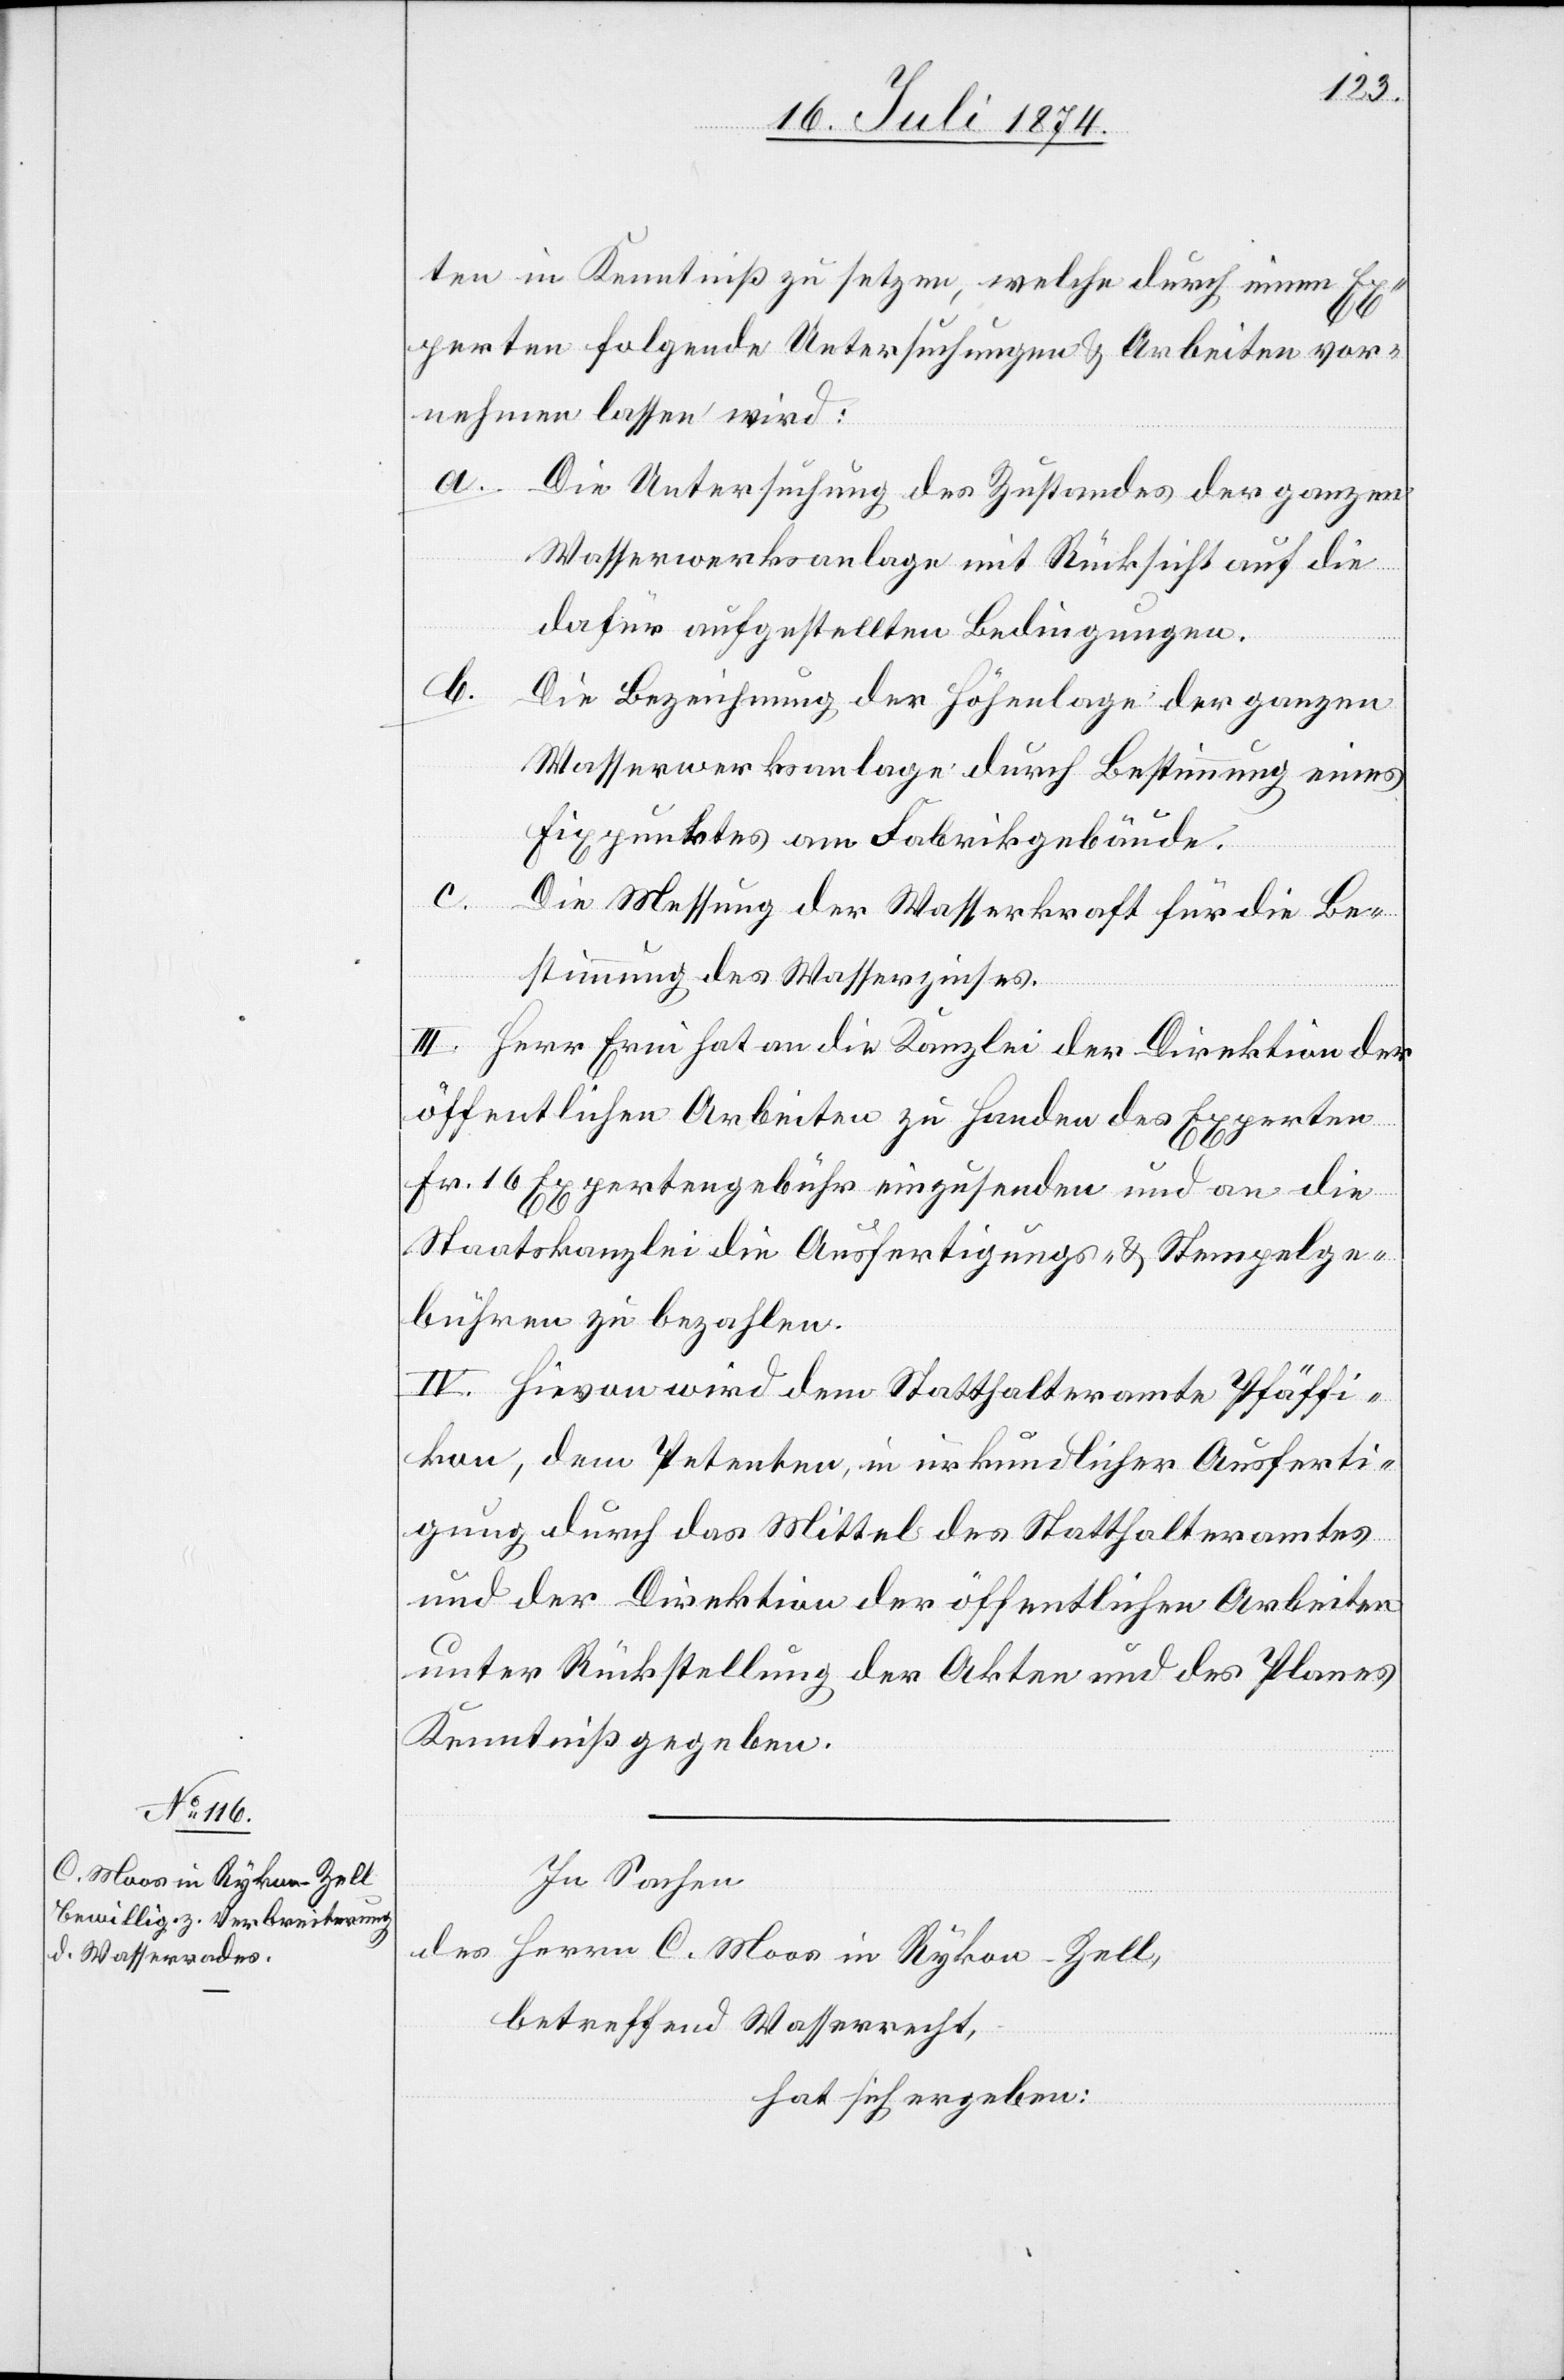
ten in Kenntniß zu setzen, welche durch einen Ex¬
perten folgende Untersuchungen u. Arbeiten vor¬
nehmen lassen wird:
a.
Die Untersuchung des Zustandes der ganzen
Wasserwerksanlage mit Rücksicht auf die
dafür aufgestellten Bedingungen.
b.
Die Bezeichnung der Höhenlage der ganzen
Wasserwerksanlage durch Bestimmung eines
Fixpunktes am Fabrikgebäude.
c.
Die Messung der Wasserkraft für die Be¬
stimmung des Wasserzinses.
III. Herr Erni hat an die Kanzlei der Direktion der
öffentlichen Arbeiten zu Handen des Experten
Fr. 16 Expertengebühr einzusenden und an die
Staatskanzlei die Ausfertigungs- u. Stempelge¬
bühren zu bezahlen.
IV. Hievon wird dem Statthalteramte Pfäffi¬
kon, dem Petenten, in urkundlicher Ausferti¬
gung durch das Mittel des Statthalteramtes
und der Direktion der öffentlichen Arbeiten
unter Rückstellung der Karten und des Planes
Kenntniß gegeben.
In Sachen
des Herrn C. Moos in Rykon-Zell,
betreffend Wasserrecht,
hat sich ergeben: